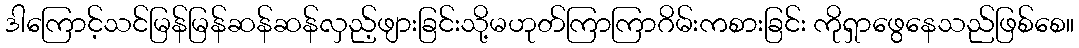
ဒါကြောင့်သင်မြန်မြန်ဆန်ဆန်လှည့်ဖျားခြင်းသို့မဟုတ်ကြာကြာဂိမ်းကစားခြင်း ကိုရှာဖွေနေသည်ဖြစ်စေ။